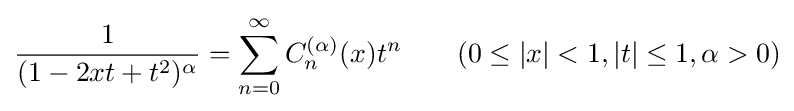
{\frac {1}{(1-2xt+t^{2})^{\alpha }}}=\sum _{n=0}^{\infty }C_{n}^{(\alpha )}(x)t^{n}\qquad (0\leq |x|<1,|t|\leq 1,\alpha >0)